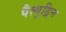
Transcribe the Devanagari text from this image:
पैत्युड्रिन